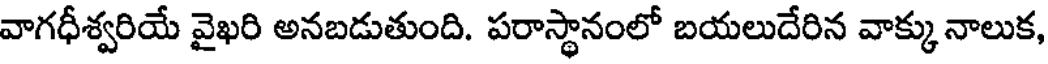
వాగధీశ్వరియే వైఖరి అనబడుతుంది. పరాస్థానంలో బయలుదేరిన వాక్కు నాలుక,